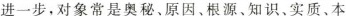
进一步，对象常是奥秘、原因、根源、知识、实质、本